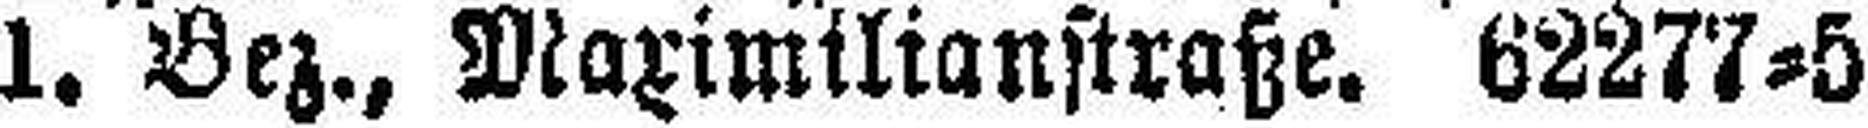
1. Bez., Maximilianstraße. 62277=5